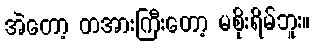
အဲတော့ တအားကြီးတော့ မစိုးရိမ်ဘူး။